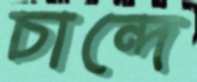
চান্দে